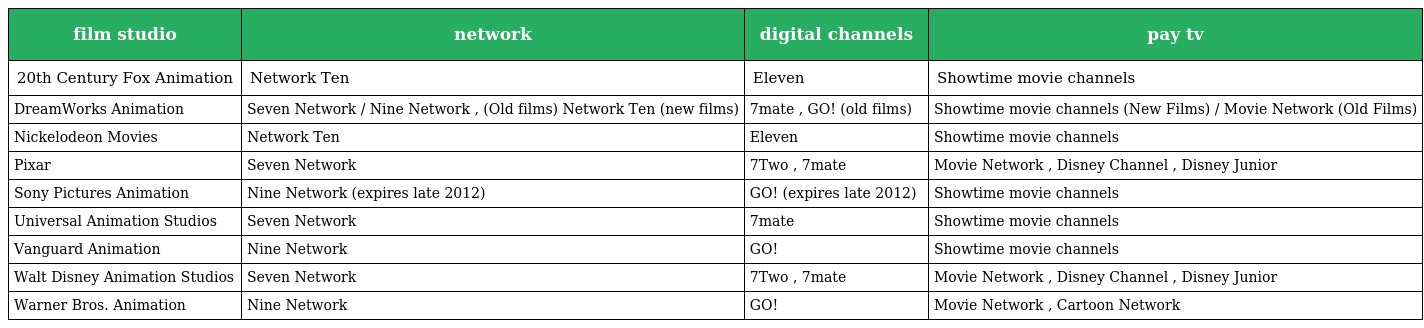
| film studio | network | digital channels | pay tv |
 | --- | --- | --- | --- |
 | 20th Century Fox Animation | Network Ten | Eleven | Showtime movie channels |
 | DreamWorks Animation | Seven Network / Nine Network , (Old films) Network Ten (new films) | 7mate , GO! (old films) | Showtime movie channels (New Films) / Movie Network (Old Films) |
 | Nickelodeon Movies | Network Ten | Eleven | Showtime movie channels |
 | Pixar | Seven Network | 7Two , 7mate | Movie Network , Disney Channel , Disney Junior |
 | Sony Pictures Animation | Nine Network (expires late 2012) | GO! (expires late 2012) | Showtime movie channels |
 | Universal Animation Studios | Seven Network | 7mate | Showtime movie channels |
 | Vanguard Animation | Nine Network | GO! | Showtime movie channels |
 | Walt Disney Animation Studios | Seven Network | 7Two , 7mate | Movie Network , Disney Channel , Disney Junior |
 | Warner Bros. Animation | Nine Network | GO! | Movie Network , Cartoon Network |